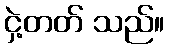
ငှဲ့တတ် သည်။